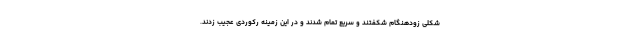
شکلی زودهنگام شکفتند و سریع تمام شدند و در این زمینه رکوردی عجیب زدند.